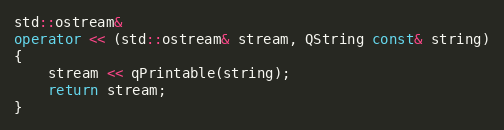
Language: C++
std::ostream&
operator << (std::ostream& stream, QString const& string)
{
    stream << qPrintable(string);
    return stream;
}